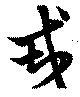
戎